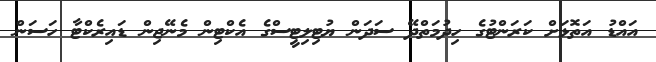
އައްޑު އަތޮޅަށް ކަރަންޓުގެ ހިދުމަތްދޭ ސަދަން ޔުޓިލިޓީސްގެ އެކްޓިން މެނޭޖިން ޑައިރެކްޓާ ހަސަން